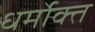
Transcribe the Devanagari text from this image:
धर्मोक्त